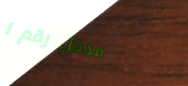
مدخل رقم ١